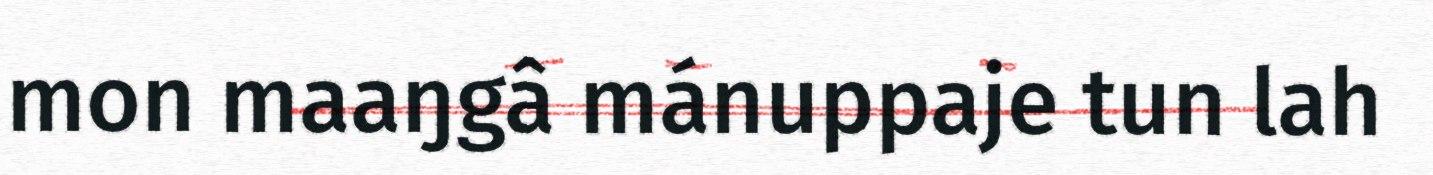
mon maaŋgâ mánuppaje tun lah